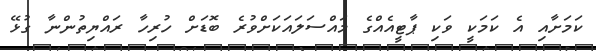
ކަމަށާއި އެ ކަމަކީ ވަކި ޕާޓީއެއްގެ މައްސަލައަކަށްވުރެ ބޮޑަށް ހުރިހާ ރައްޔިތުންނާ ގުޅޭ